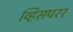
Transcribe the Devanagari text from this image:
व्हिसपरर